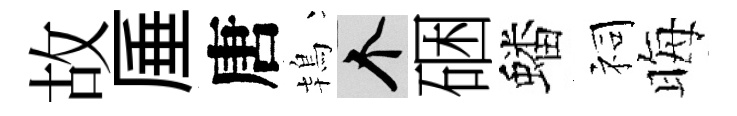
故厜唐鴇个硱蟠祠晦